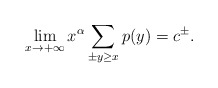
\begin{align*}\lim_{x \to +\infty} x^\alpha \sum_{\pm y \geq x} p(y) = c^{\pm}.\end{align*}